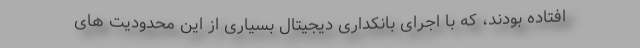
افتاده بودند، که با اجرای بانکداری دیجیتال بسیاری از این محدودیت های